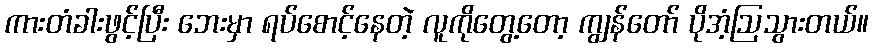
ကားတံခါးဖွင့်ပြီး ဘေးမှာ ရပ်စောင့်နေတဲ့ လူကိုတွေ့တော့ ကျွန်တော် ပိုအံ့ဩသွားတယ်။